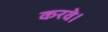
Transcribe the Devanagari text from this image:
करवे।